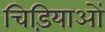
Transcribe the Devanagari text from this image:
चिड़ियाओं